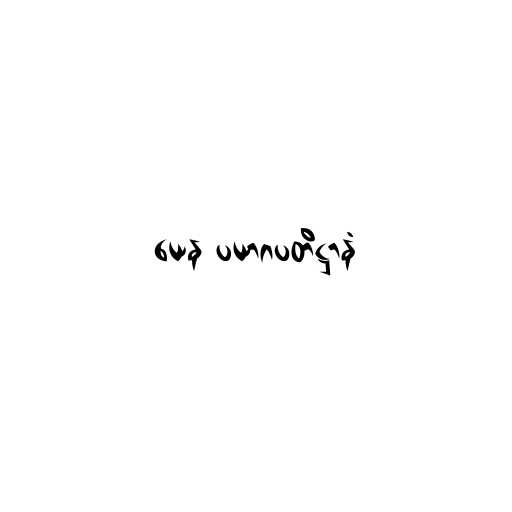
ယေန ပယာဂပတိဋ္ဌာနံ